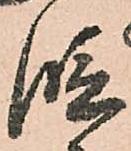
段